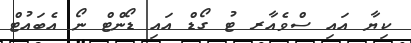
ކިޔާ އައި ސްވެއާރ ޓު ގޯޑް އައި ޑޯންޓް ނޯ އެބައުޓް